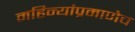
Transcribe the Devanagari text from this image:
महिन्यांप्रमाणेच